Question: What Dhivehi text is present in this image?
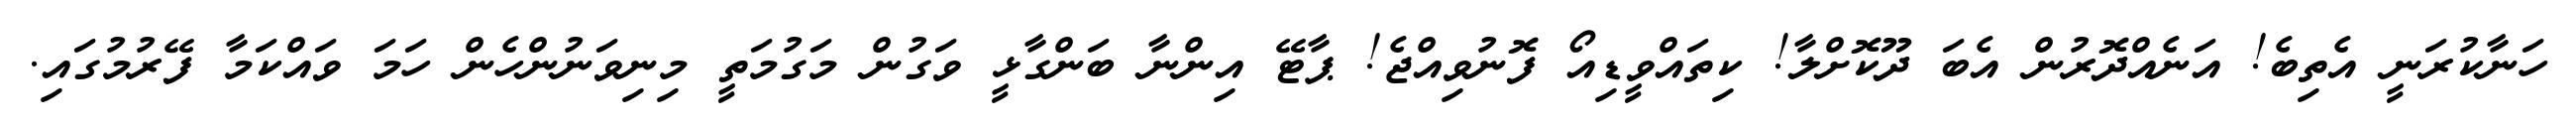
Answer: ހަނާކުރަނީ އެތިބެ! އަނެއްދޮރުން އެބަ ދޫކޮށްލާ! ކިތައްވީޑިއޯ ފޮނުވިއްޖެ! ޕާޓޭ އިންނާ ބަންގާޅީ ވަގުން މަގުމަތީ މިނިވަނުންހެން ހަމަ ވައްކަމާ ފޭރުމުގައި.